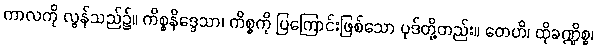
ကာလကို လွန်သည်၌။ ကိစ္စနိဒ္ဒေသာ၊ ကိစ္စကို ပြကြောင်းဖြစ်သော ပုဒ်တို့တည်း။ တေဟိ၊ ထိုခဏ္ဍိစ္စ၊